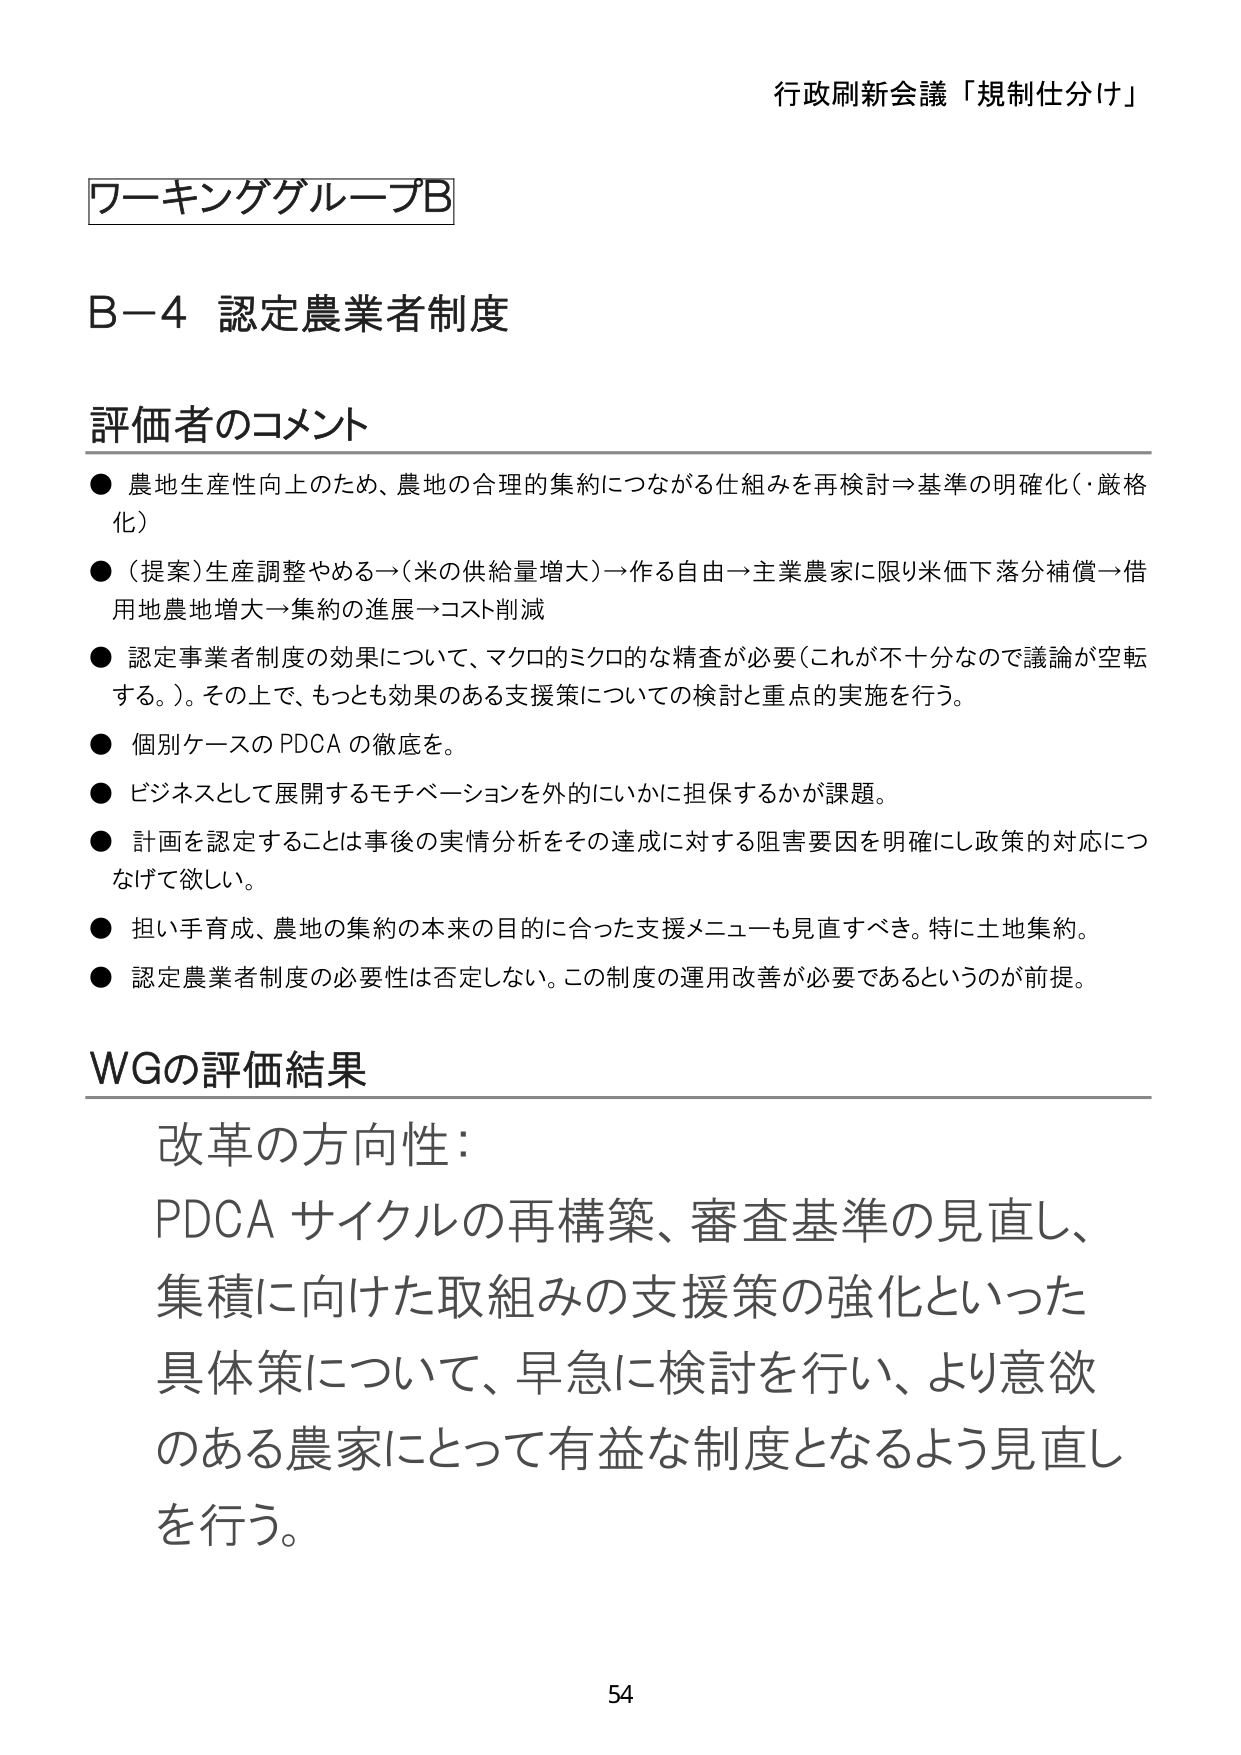
行政刷新会議「規制仕分け」

ワーキンググループB

B－4 認定農業者制度

評価者のコメント
● 農地生産性向上のため、農地の合理的集約につながる仕組みを再検討＝基準の明確化（・厳格化）
● （提案）生産調整やめる→（米の供給量増大）→作る自由→主業農家に限り米価下落分補償→借用地農地増大→集約の進展→コスト削減
● 認定事業者制度の効果について、マクロ的ミクロな精査が必要（これが不十分なので議論が空転する。）。その上で、もっとも効果のある支援策についての検討と重点的実施を行う。
● 個別ケースのPDCAの徹底を。
● ビジネスとして展開するモチベーションを外的にいかに担保するかが課題。
● 計画を認定することは事後の実情分析をその達成に対する阻害要因を明確にし政策的対応につなげて欲しい。
● 担い手育成、農地の集約の本来の目的に合った支援メニューも見直すべき。特に土地集約。
● 認定農業者制度の必要性は否定しない。この制度の運用改善が必要であるというのが前提。

WGの評価結果
改革の方向性：
PDCA サイクルの再構築、審査基準の見直し、
集積に向けた取組みの支援策の強化といった
具体策について、早急に検討を行い、より意欲
のある農家にとって有益な制度となるよう見直し
を行う。

54